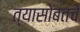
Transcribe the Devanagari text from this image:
त्यासोबतचे